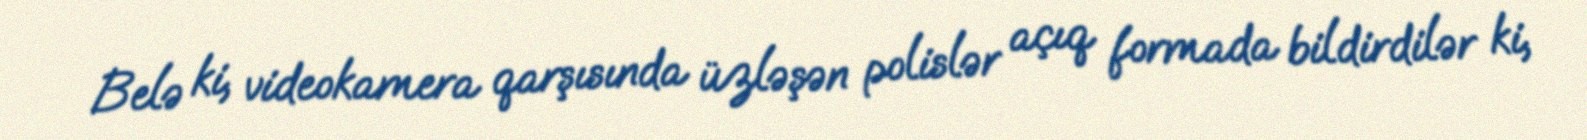
Belə ki, videokamera qarşısında üzləşən polislər açıq formada bildirdilər ki,